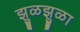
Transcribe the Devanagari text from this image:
झुळझुळा